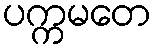
ပက္ကမတေ